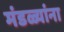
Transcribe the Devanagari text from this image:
मंडळ्यांना